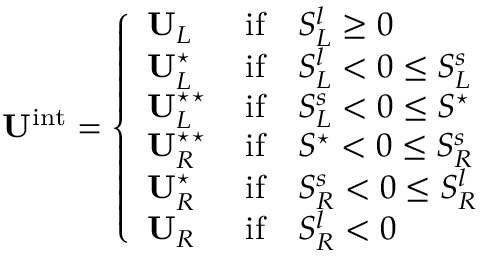
\mathbf { U } ^ { \mathrm { i n t } } = \left\{ \begin{array} { l l } { \mathbf { U } _ { L } \, } & { \mathrm { i f } \quad S _ { L } ^ { l } \geq 0 } \\ { \mathbf { U } _ { L } ^ { \star } \, } & { \mathrm { i f } \quad S _ { L } ^ { l } < 0 \leq S _ { L } ^ { s } } \\ { \mathbf { U } _ { L } ^ { \star \star } \, } & { \mathrm { i f } \quad S _ { L } ^ { s } < 0 \leq S ^ { \star } } \\ { \mathbf { U } _ { R } ^ { \star \star } \, } & { \mathrm { i f } \quad S ^ { \star } < 0 \leq S _ { R } ^ { s } } \\ { \mathbf { U } _ { R } ^ { \star } \, } & { \mathrm { i f } \quad S _ { R } ^ { s } < 0 \leq S _ { R } ^ { l } } \\ { \mathbf { U } _ { R } \, } & { \mathrm { i f } \quad S _ { R } ^ { l } < 0 } \end{array} \right.